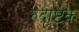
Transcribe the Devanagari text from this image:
रुद्राष्टक